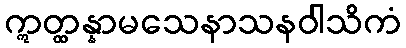
ဣတ္ထန္နာမသေနာသနဝါသိကံ